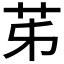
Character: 𦬷